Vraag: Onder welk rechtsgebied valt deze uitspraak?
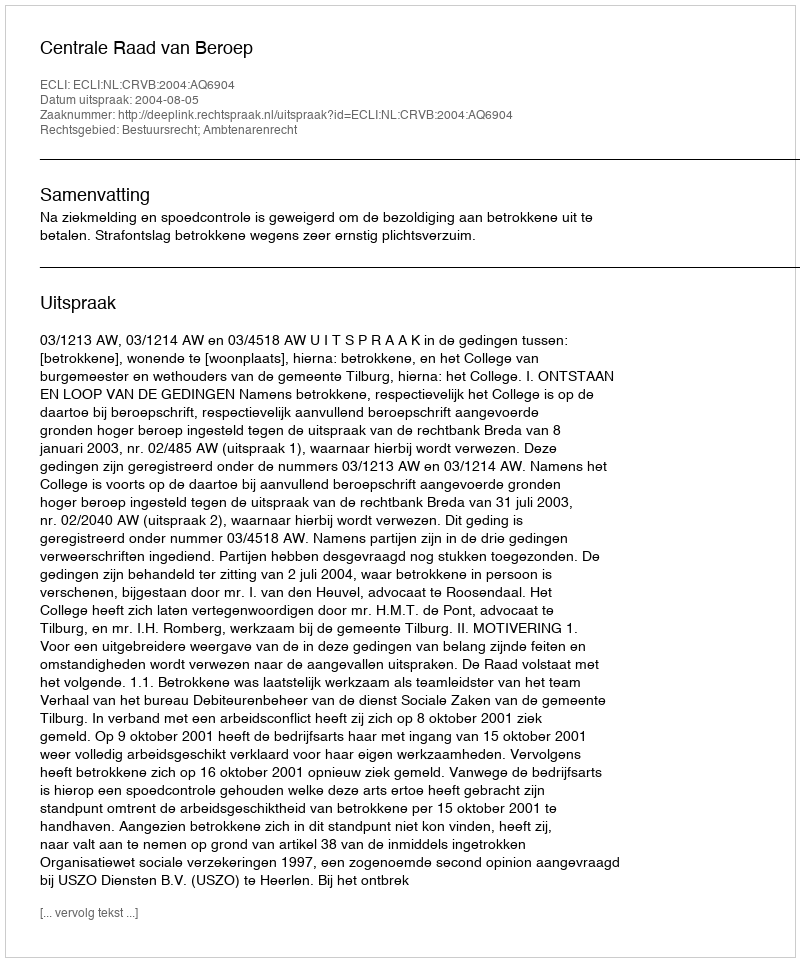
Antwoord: Bestuursrecht; Ambtenarenrecht